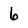
Character: 6